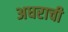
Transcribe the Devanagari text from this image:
अधराची